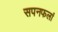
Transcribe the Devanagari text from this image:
सपनफलां